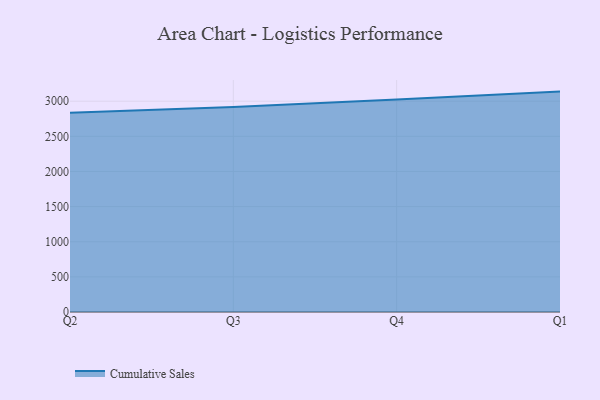
{"axis": {"x": "Quarter", "y": "Conversion Rate (%)"}, "legend": ["Cumulative Sales"], "data": [{"x": "Q2", "y": 2834.9, "type": "Cumulative Sales"}, {"x": "Q3", "y": 2917.2, "type": "Cumulative Sales"}, {"x": "Q4", "y": 3024.2, "type": "Cumulative Sales"}, {"x": "Q1", "y": 3136.8, "type": "Cumulative Sales"}]}